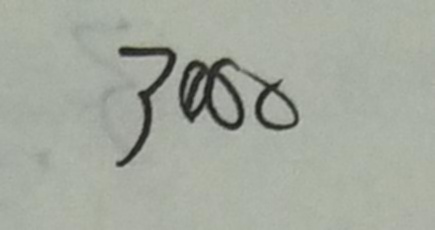
3 0 0 0